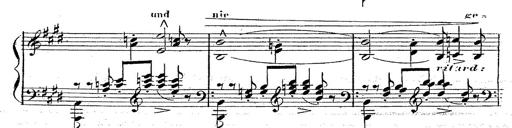
Title: 12 Lieder von Franz Schubert
Composer: Franz Liszt